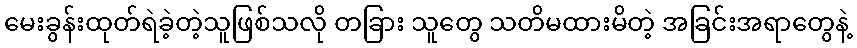
မေးခွန်းထုတ်ရဲခဲ့တဲ့သူဖြစ်သလို တခြား သူတွေ သတိမထားမိတဲ့ အခြင်းအရာတွေနဲ့